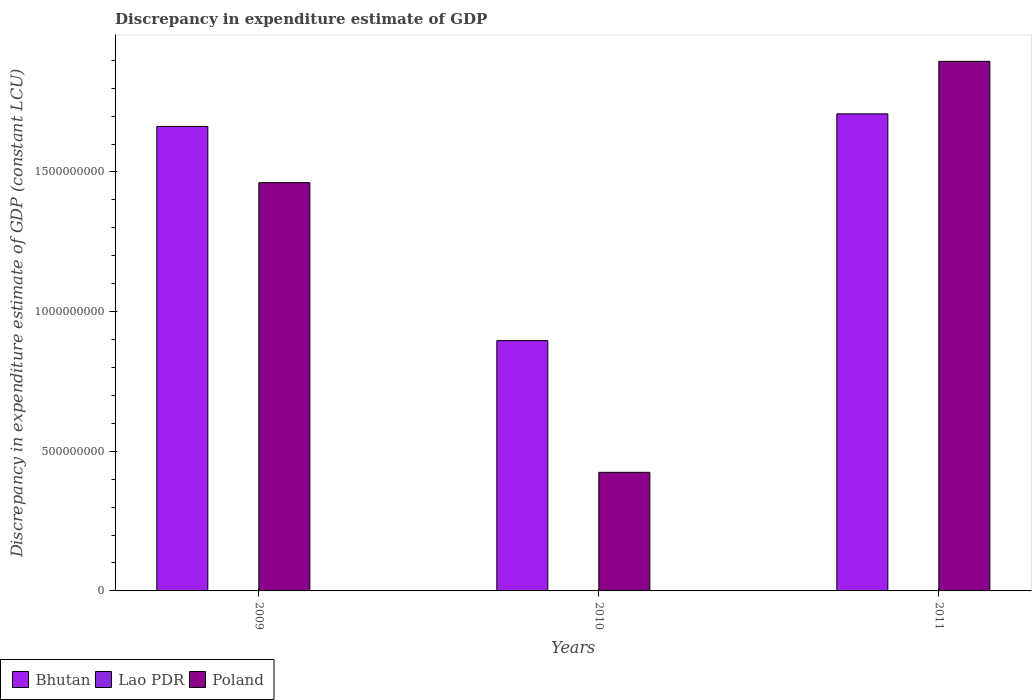
| Years | Bhutan | Lao PDR | Poland |
 | --- | --- | --- | --- |
 | 2009 | 1.66e+09 | -100 | 1.46e+09 |
 | 2010 | 8.96e+08 | 100 | 4.25e+08 |
 | 2011 | 1.71e+09 | 100 | 1.9e+09 |